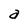
Character: a